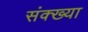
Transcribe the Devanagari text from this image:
संक्ख्या